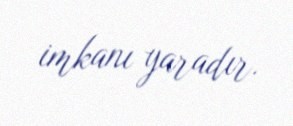
imkanı yaradır.